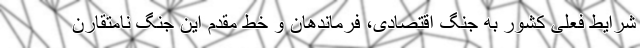
شرایط فعلی کشور به جنگ اقتصادی، فرماندهان و خط مقدم این جنگ نامتقارن